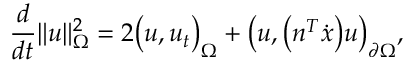
\frac { d } { d t } \| u \| _ { \Omega } ^ { 2 } = 2 \big ( u , u _ { t } \big ) _ { \Omega } + \big ( u , \big ( n ^ { T } \dot { x } \big ) u \big ) _ { \partial \Omega } ,